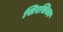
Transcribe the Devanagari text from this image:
सिरसिका